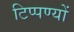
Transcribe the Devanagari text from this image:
टिप्पण्यों